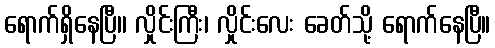
ရောက်ရှိနေပြီ၊၊ လှိုင်းကြီး၊ လှိုင်းလေး ခေတ်သို့ ရောက်နေပြီ။